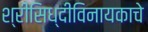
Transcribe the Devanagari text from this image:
श्रीसिध्दीविनायकाचे